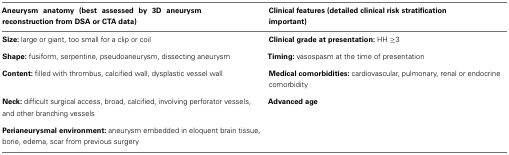
<table><thead><tr><td><b>Aneurysm anatomy (best assessed by 3D aneurysm reconstruction from DSA or CTA data)</b></td><td><b>Clinical features (detailed clinical risk stratification important)</b></td></tr></thead><tbody><tr><td><b>Size:</b> large or giant, too small for a clip or coil</td><td><b>Clinical grade at presentation:</b> HH ≥3</td></tr><tr><td><b>Shape:</b> fusiform, serpentine, pseudoaneurysm, dissecting aneurysm</td><td><b>Timing:</b> vasospasm at the time of presentation</td></tr><tr><td><b>Content:</b> filled with thrombus, calcified wall, dysplastic vessel wall</td><td><b>Medical comorbidities:</b> cardiovascular, pulmonary, renal or endocrine comorbidity</td></tr><tr><td><b>Neck:</b> difficult surgical access, broad, calcified, involving perforator vessels, and other branching vessels</td><td><b>Advanced age</b></td></tr><tr><td><b>Perianeurysmal environment:</b> aneurysm embedded in eloquent brain tissue, bone, edema, scar from previous surgery</td><td></td></tr></tbody></table>